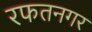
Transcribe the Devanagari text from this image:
रफतनगर